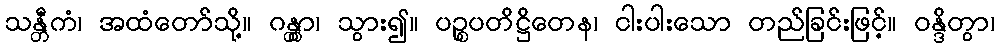
သန္တီကံ၊ အထံတော်သို့။ ဂန္တွာ၊ သွား၍။ ပဉ္စပတိဋ္ဌိတေန၊ ငါးပါးသော တည်ခြင်းဖြင့်။ ဝန္ဒိတွာ၊